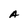
Character: A